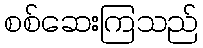
စစ်ဆေးကြသည်